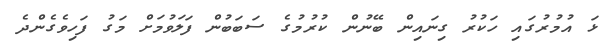
ޅަ އުމުރުގައި ހަކުރު ގިނައިން ބޭނުން ކުރުުމުގެ ސަބަބުން ފަލަވުމަށް މަގު ފަހިވެގެންދެ